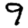
Digit: 9